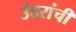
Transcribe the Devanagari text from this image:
उंदरांची